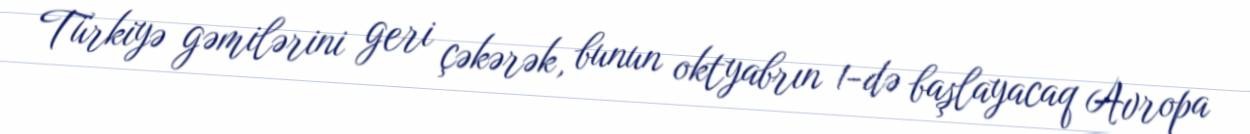
Türkiyə gəmilərini geri çəkərək, bunun oktyabrın 1-də başlayacaq Avropa